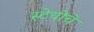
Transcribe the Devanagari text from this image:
स्टेथोचे